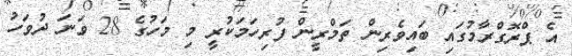
އެ ޕްރޮގްރާމުގައި ބައިވެރިން ތަމްރީން ފުރިހަމަކުރީ މި މަހުގެ 28 ވަނަ ދުވަހު